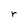
Character: r